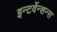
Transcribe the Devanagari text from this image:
इन्टर्वेन्शन्स